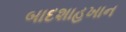
બાદશાહખાન